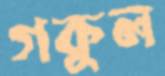
গকুল